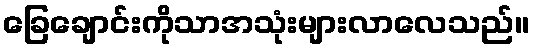
ခြေချောင်းကိုသာအသုံးများလာလေသည်။